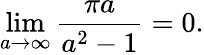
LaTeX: \operatorname*{lim}_{a\to\infty}{\frac{\pi a}{a^{2}-1}}=0.